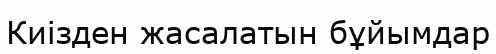
Киізден жасалатын бұйымдар